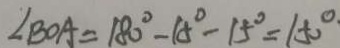
\angle B O A = 1 8 0 ^ { \circ } - 1 5 ^ { \circ } - 1 5 ^ { \circ } = 1 5 0 ^ { \circ }